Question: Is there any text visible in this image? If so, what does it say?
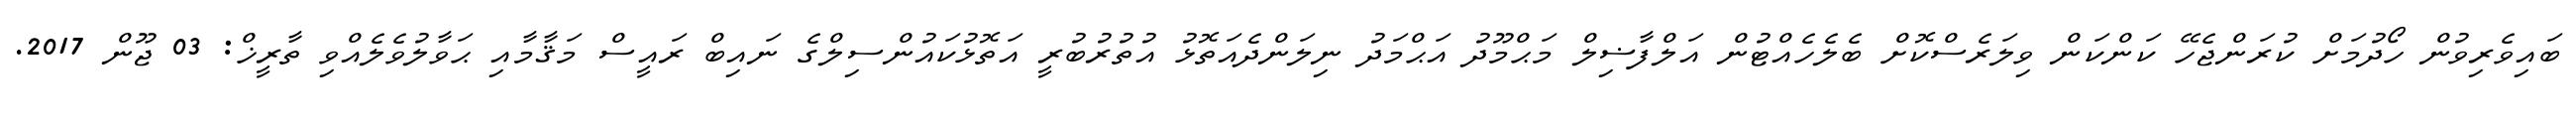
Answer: ބައިވެރިވުން ހޯދުމަށް ކުރަންޖެހޭ ކަންކަން ވިލަރެސްކޮށް ބެލެހެއްޓުން އަލްފާޟިލް މަޙްމޫދު އަޙްމަދު ނިލަންދެއަތޮޅު އުތުރުބުރީ އަތޮޅުކައުންސިލްގެ ނައިބް ރައީސް މަޤާމާއި ޙަވާލުވެލެއްވި ތާރީޚް: 03 ޖޫން 2017.